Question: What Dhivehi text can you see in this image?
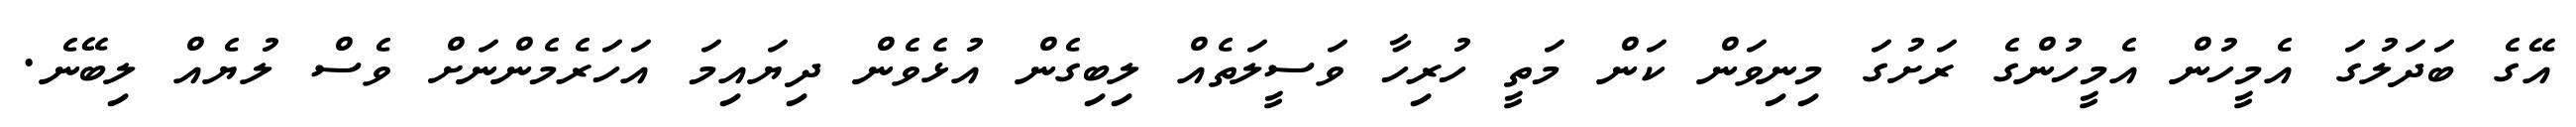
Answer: އޭގެ ބަދަލުގަ އެމީހުން އެމީހުންގެ ރަށުގަ މިނިވަން ކަން މަތީ ހުރިހާ ވަސީލަތެއް ލިބިގެން އުޅެވެން ދިޔައިމަ އަހަރެމެންނަށް ވެސް ލުޔެއް ލިބޭނެ.